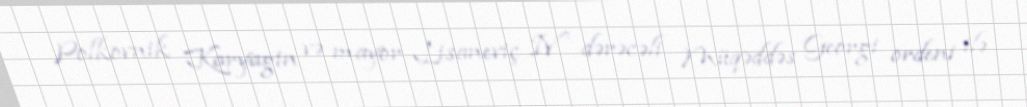
Polkovnik Karyagin və mayor Lisaneviç IV dərəcəli Müqəddəs Georgi ordeni ilə